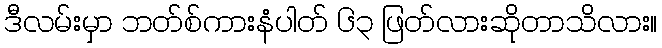
ဒီလမ်းမှာ ဘတ်စ်ကားနံပါတ် ၆၃ ဖြတ်လားဆိုတာသိလား။